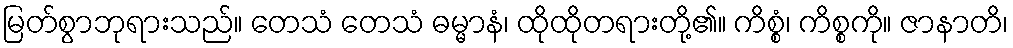
မြတ်စွာဘုရားသည်။ တေသံ တေသံ ဓမ္မာနံ၊ ထိုထိုတရားတို့၏။ ကိစ္စံ၊ ကိစ္စကို။ ဇာနာတိ၊